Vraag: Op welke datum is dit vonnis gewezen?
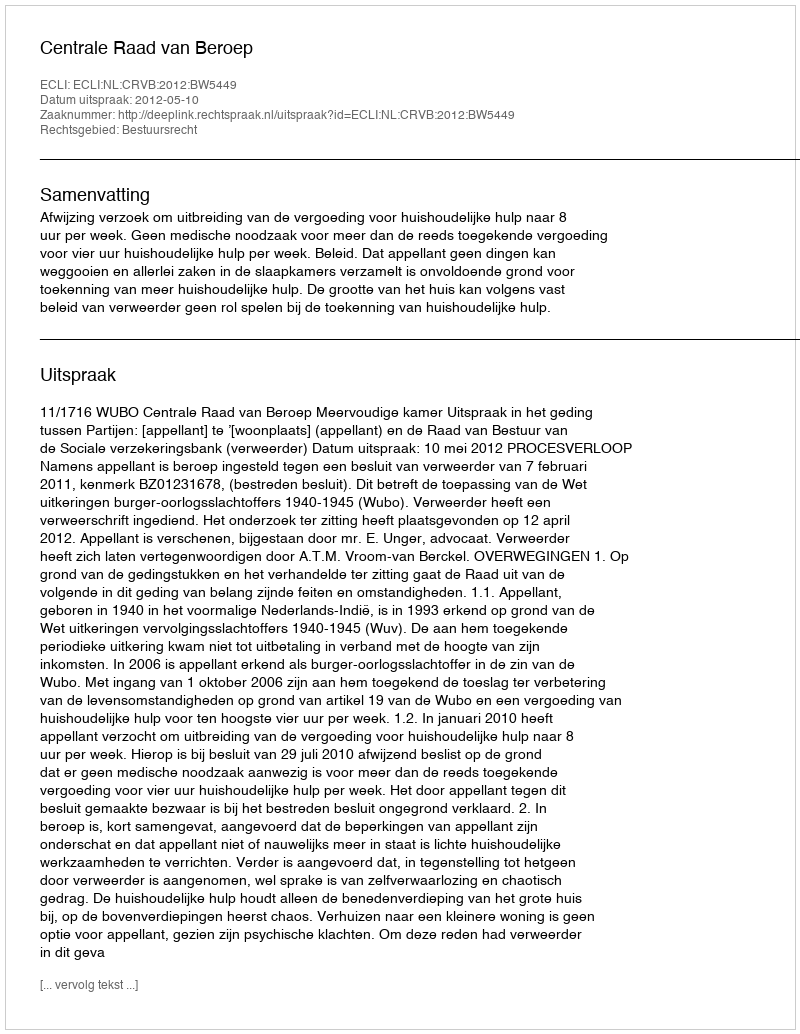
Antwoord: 2012-05-10